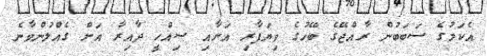
އެކަމުގެ ސަބަބުން ރާއްޖޭގެ ބޭހުގެ ވިޔަފާރި އަށާއި ސިއްހީ ދާއިރާ އަށް ގެއްލުންވާނެ